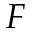
F